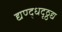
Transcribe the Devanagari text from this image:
द्यण्द्धदृठ्ठद्य